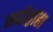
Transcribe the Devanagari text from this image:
सद्योद्वाहा